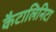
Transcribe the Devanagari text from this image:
कैटालिनिटा